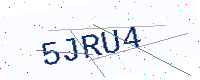
Text: 5JRU4